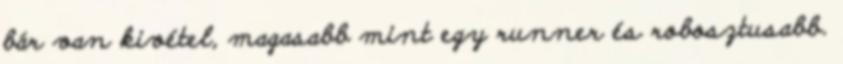
bár van kivétel, magasabb mint egy runner és robosztusabb.